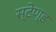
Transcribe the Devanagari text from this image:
स्‍टेण्‍ड